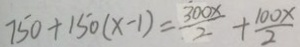
7 5 0 + 1 5 0 ( x - 1 ) = \frac { 3 0 0 x } { 2 } + \frac { 1 0 0 x } { 2 }